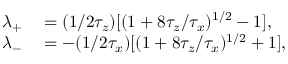
\begin{array} { r l } { \lambda _ { + } } & { { } = ( 1 / 2 \tau _ { z } ) [ ( 1 + 8 \tau _ { z } / \tau _ { x } ) ^ { 1 / 2 } - 1 ] , } \\ { \lambda _ { - } } & { { } = - ( 1 / 2 \tau _ { x } ) [ ( 1 + 8 \tau _ { z } / \tau _ { x } ) ^ { 1 / 2 } + 1 ] , } \end{array}